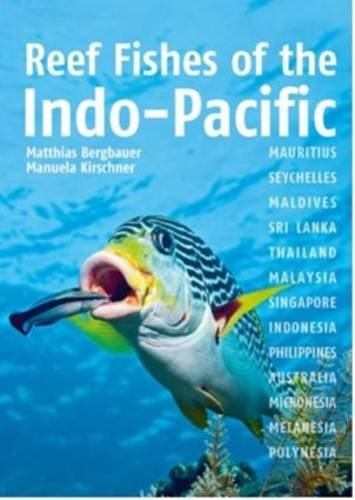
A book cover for Reef Fishes of the Indo-Pacific; Matthias Bergbauer; Sports & Outdoors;